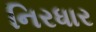
નિરધાર